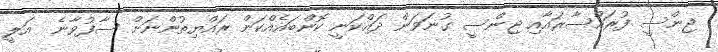
ޖިންސީ ފުރައްސާރައާއި ޖިންސީ ގުނަވަން ދައްކަނީ ކޮންބައެއްކަން ރައްޔިތުންނަށް ސާފުވާނެ  އަލީ